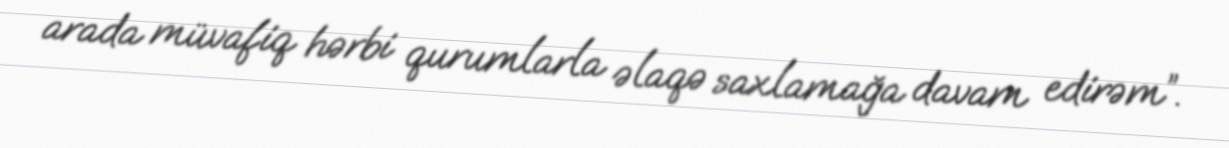
arada müvafiq hərbi qurumlarla əlaqə saxlamağa davam edirəm”.